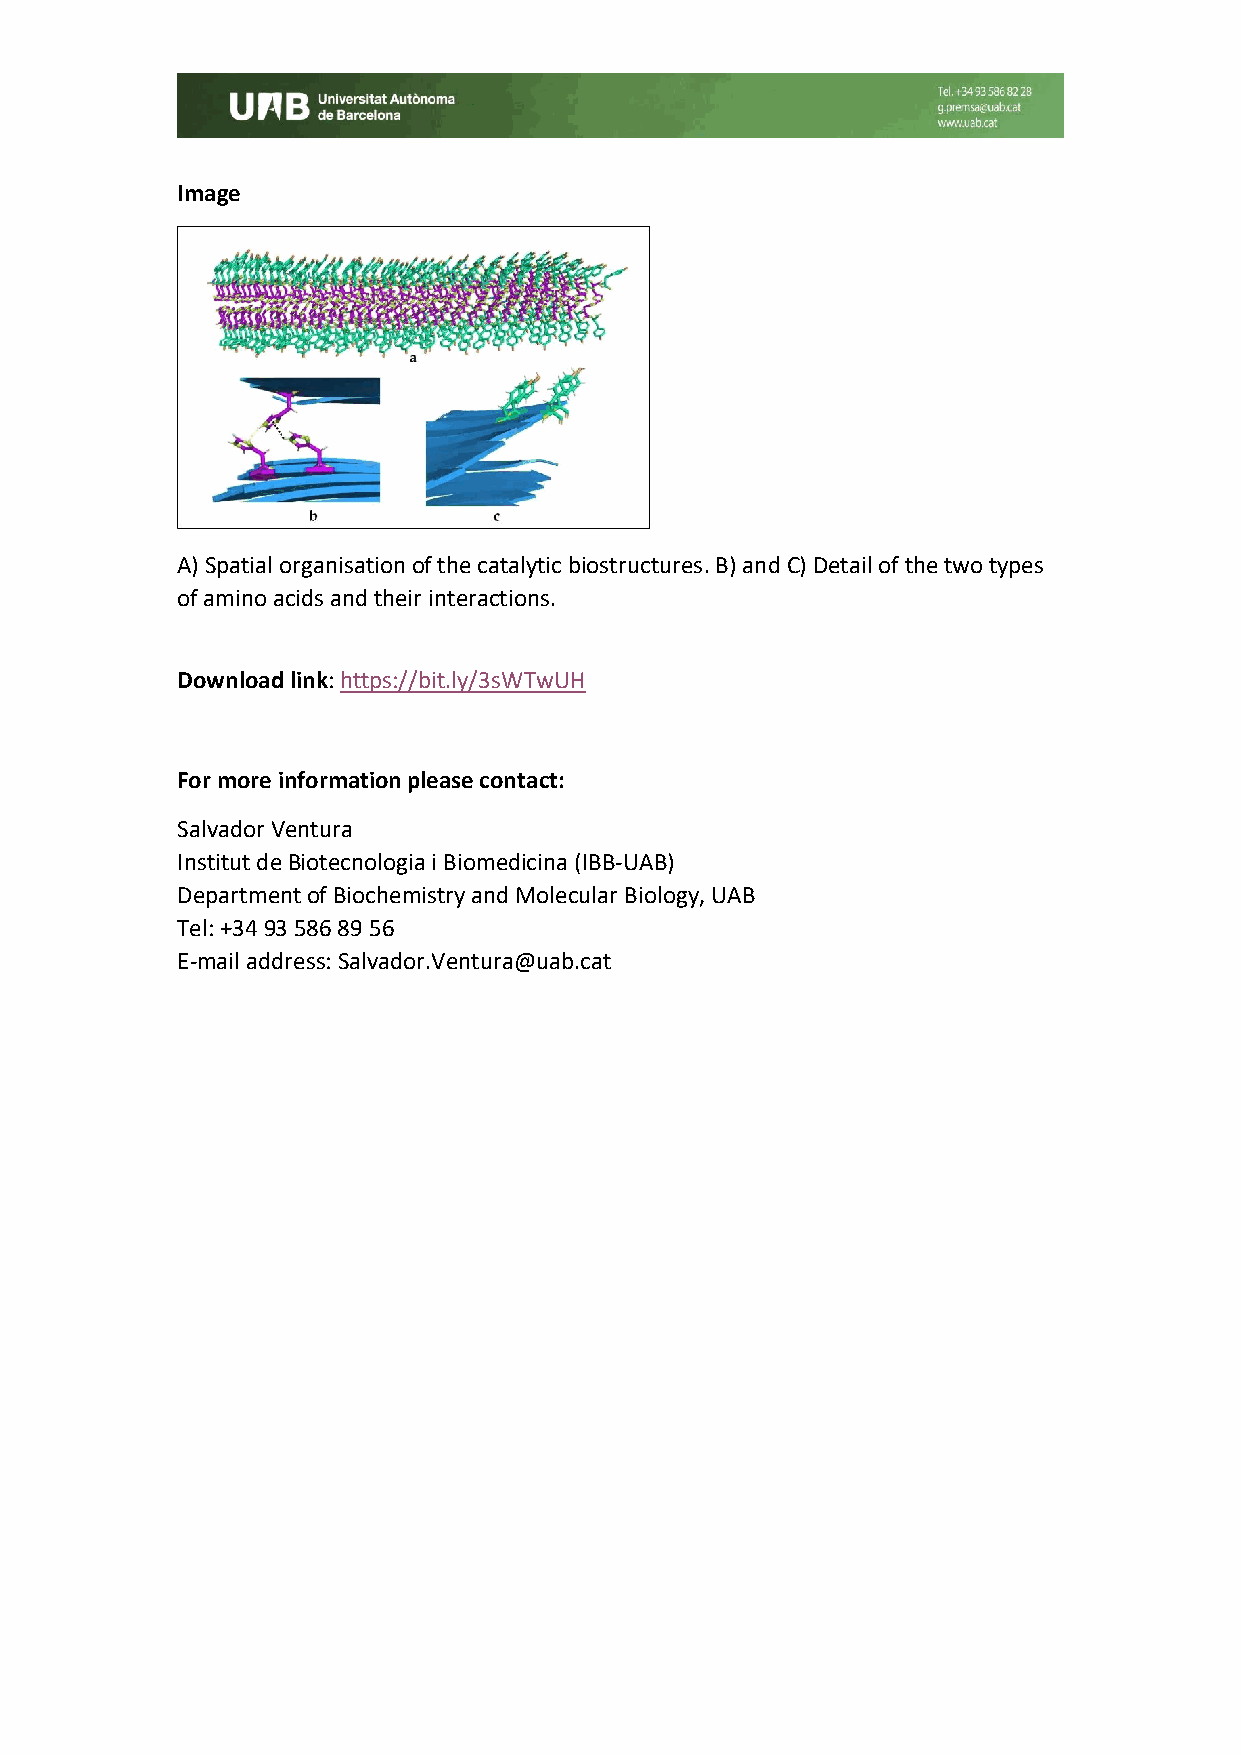
Image
 A) Spatial organisation of the catalytic biostructures. B) and C) Detail of the two types
 of amino acids and their interactions.
 Download link: https://bit.ly/3sWTwUH
 For more information please contact:
 Salvador Ventura
 Institut de Biotecnologia i Biomedicina (IBB-UAB)
 Department of Biochemistry and Molecular Biology, UAB
 Tel: +34 93 586 89 56
 E-mail address: Salvador.Ventura@uab.cat